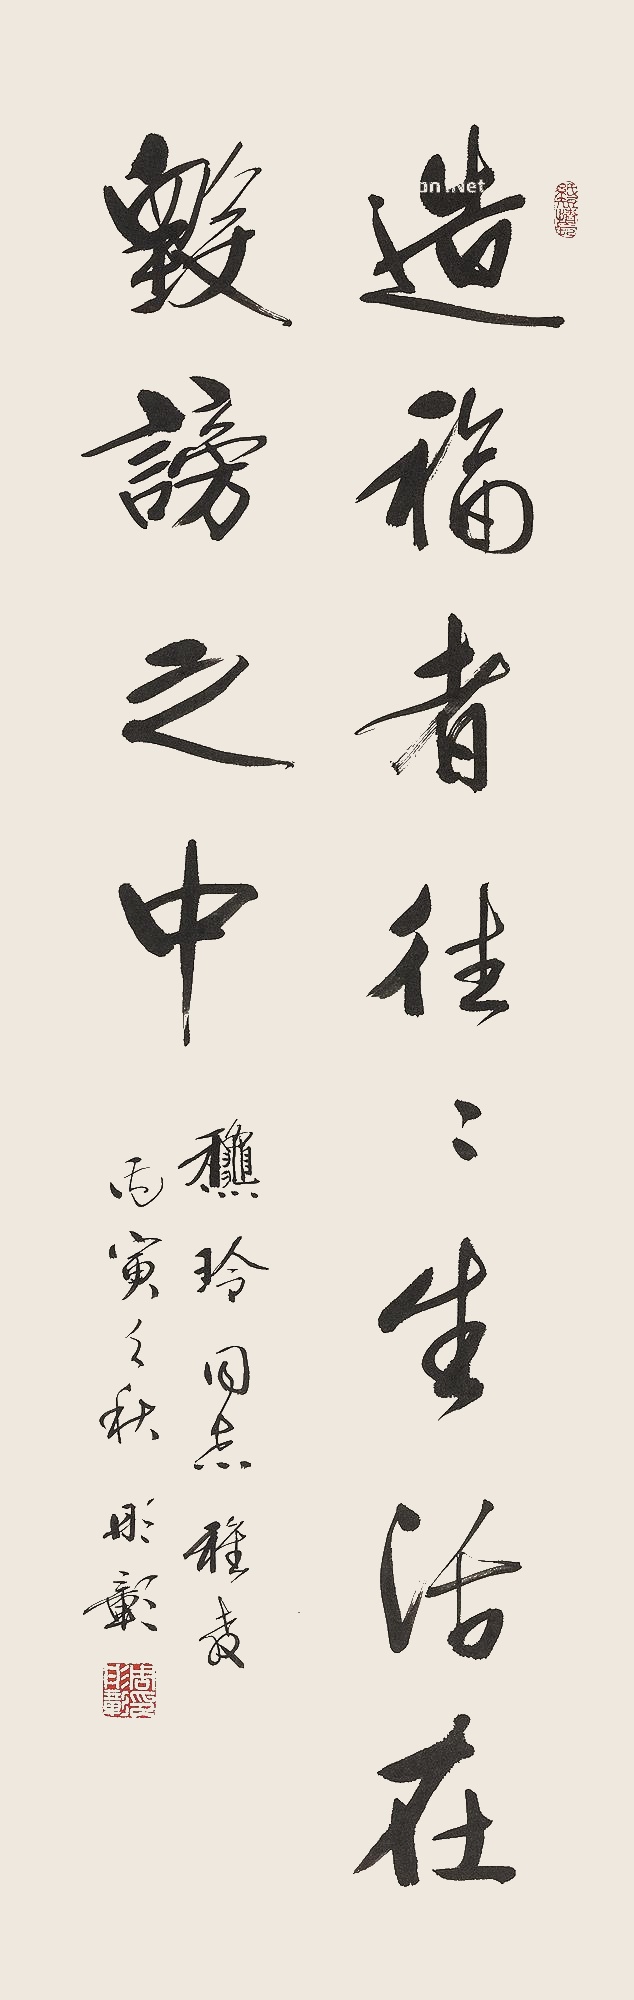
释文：造福者往往生活在毁谤之中。秋玲同志雅教。丙寅之秋，彤彰。